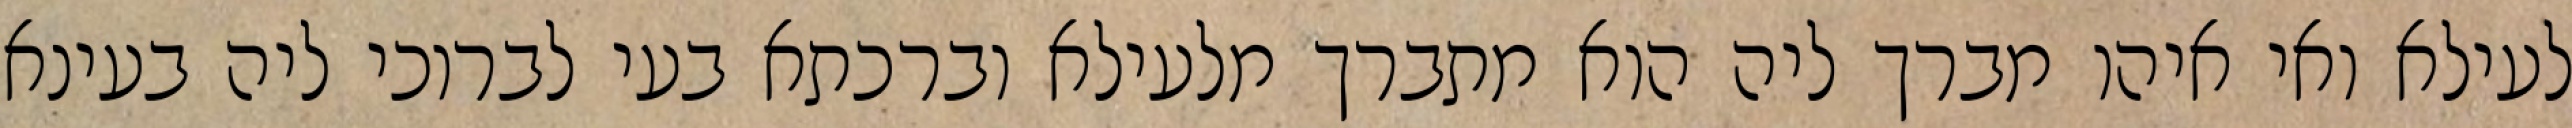
לעילא ואי איהו מברך ליה הוא מתברך מלעילא וברכתא בעי לברוכי ליה בעינא